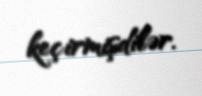
keçirmişdilər.